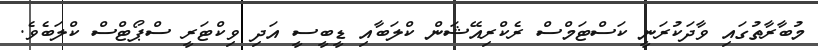
މުބާރާތުގައި ވާދަކުރަނީ ކަސްޓަމްސް ރެކްރިއޭޝަން ކްލަބާއި ޑީބީސީ އަދި ވިކްޓަރީ ސްޕޯޓްސް ކްލަބެވެ.